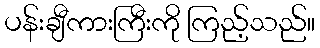
ပန်းချီကားကြီးကို ကြည့်သည်။